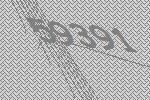
59391